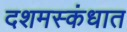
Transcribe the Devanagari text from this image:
दशमस्कंधात